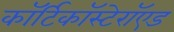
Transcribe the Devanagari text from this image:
कॉर्टिकॉस्टेरॉएड